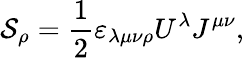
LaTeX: \mathcal{S}_{\rho}={\frac{{1}}{{2}}}\varepsilon_{\lambda\mu\nu\rho}U^{\lambda}J^{\mu\nu},